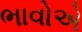
ભાવોએ